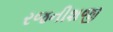
રજનીશજી